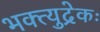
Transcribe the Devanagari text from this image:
भक्त्युद्रेकः